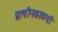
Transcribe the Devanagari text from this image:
प्राचीनकाळची